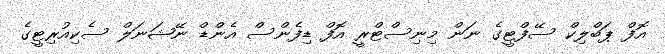
އޮފް ޕަބްލިކް ސޭފްޓީގެ ނަން މިނިސްޓްރީ އޮފް ޑިފެންސް އެންޑް ނޭޝަނަލް ސެކިއުރިޓީގެ